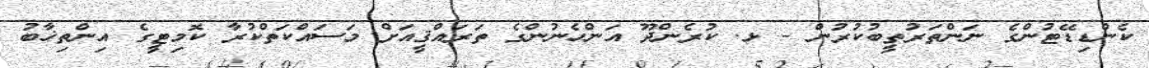
ކެންޑިޑޭޓުންގެ ނަންތަރުތީބުކުރުން - ޅ. ކުރެންދޫ އަންހެނުންގެ ތަރައްޤީއަށް މަސައްކަތްކުރާ ކޮމިޓީގެ އިންތިޚާބު